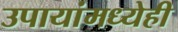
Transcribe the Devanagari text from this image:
उपायांमध्येही